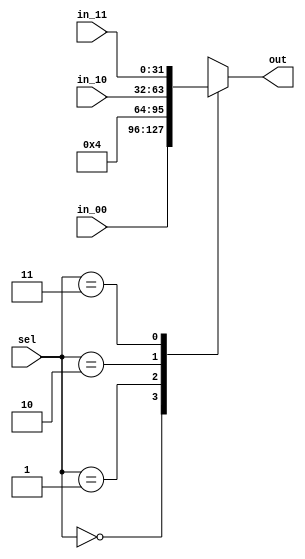
module mux_alusrcb(
    input wire [31:0] in_00, // Reg_B
    input wire [31:0] in_10, // Sign_extend
    input wire [31:0] in_11, // shift
    input wire [1:0] sel,
    output reg [31:0] out
);

  always@(*) begin
    case (sel)
      2'b00: out = in_00; 
      2'b01: out = 32'd4; // 4
      2'b10: out = in_10;
      2'b11: out = in_11;
    endcase
  end
endmodule